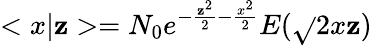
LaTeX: <x|\mathbf{z}>=N_{0}e^{-\frac{{\mathbf{z}^{2}}}{2}-\frac{{x^{2}}}{2}}E(\sqrt{}{{2}}x\mathbf{z})